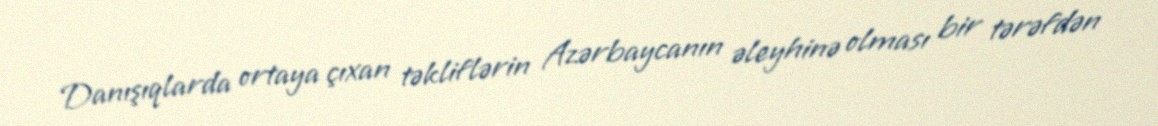
Danışıqlarda ortaya çıxan təkliflərin Azərbaycanın əleyhinə olması bir tərəfdən